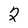
Character: 2